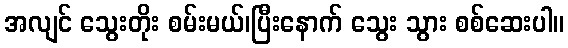
အလျင် သွေးတိုး စမ်းမယ်၊ပြီးနောက် သွေး သွား စစ်ဆေးပါ။